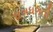
ધગધગતી